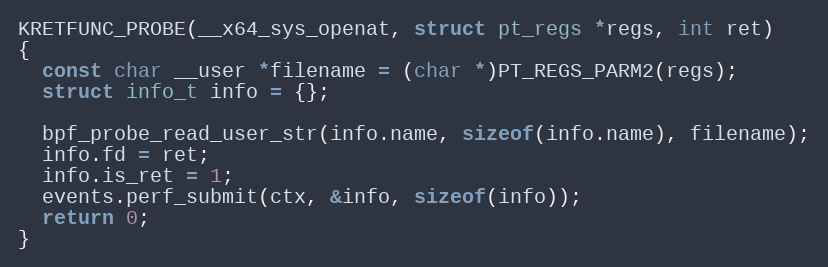
Language: C++
KRETFUNC_PROBE(__x64_sys_openat, struct pt_regs *regs, int ret)
{
  const char __user *filename = (char *)PT_REGS_PARM2(regs);
  struct info_t info = {};

  bpf_probe_read_user_str(info.name, sizeof(info.name), filename);
  info.fd = ret;
  info.is_ret = 1;
  events.perf_submit(ctx, &info, sizeof(info));
  return 0;
}